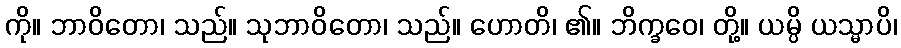
ကို။ ဘာဝိတော၊ သည်။ သုဘာဝိတော၊ သည်။ ဟောတိ၊ ၏။ ဘိက္ခဝေ၊ တို့။ ယမ္ပိ ယသ္မာပိ၊